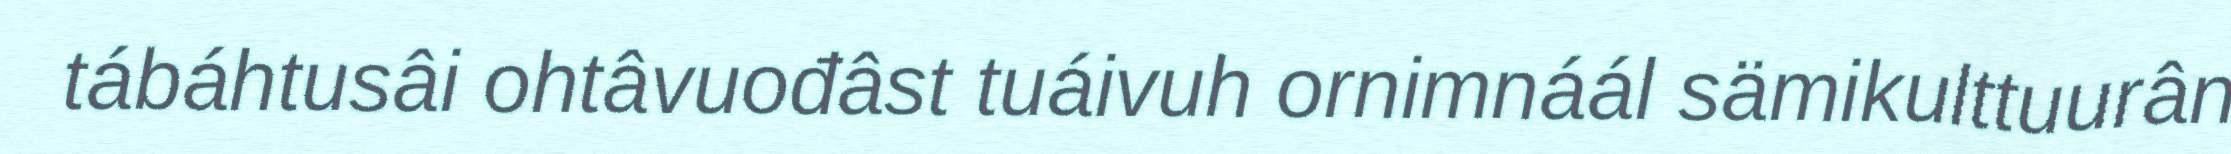
tábáhtusâi ohtâvuođâst tuáivuh ornimnáál sämikulttuurân